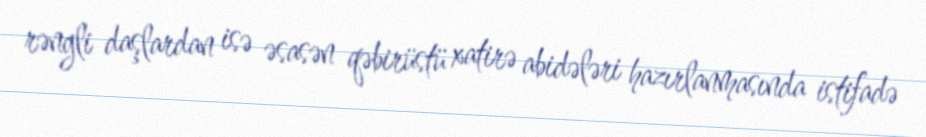
rəngli daşlardan isə əsasən qəbirüstü xatirə abidələri hazırlanmasında istifadə